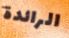
الرائدة